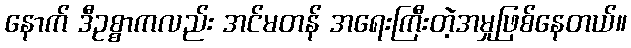
နောက် ဒီဥစ္စာကလည်း အင်မတန် အရေးကြီးတဲ့အမှုဖြစ်နေတယ်။